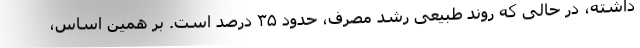
داشته، در حالی که روند طبیعی رشد مصرف، حدود ۳۵ درصد است. بر همین اساس،